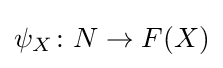
\psi _{X}\colon N\to F(X)